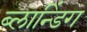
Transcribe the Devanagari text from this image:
ब्लान्डिंग